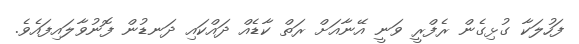
ފަހުލަކާ ގުޅިގެން ރެފްރީ ވަނީ އޭނާއަށް ރަތް ކާޑެއް ދައްކައި ދަނޑުން ފޮނުވާލައިފައެވެ.